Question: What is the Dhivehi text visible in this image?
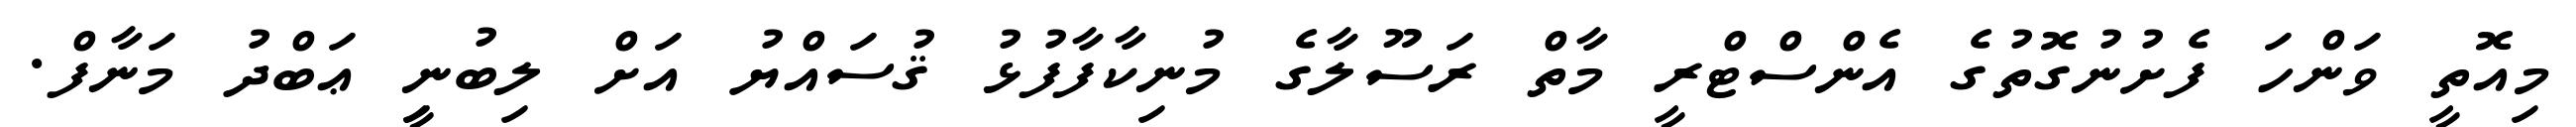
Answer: މިއޮތީ ވަންހަ ފެށުނުގޮތުގެ އެންސްޓްރީ މާތް ރަސޫލާގެ މުނިކާފާފުޅު ޤުސައްޔު އަށް ލިބުނިީ ޢަބްދު މަނާފް.